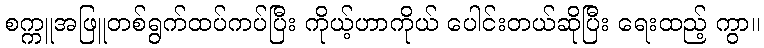
စက္ကူအဖြူတစ်ရွက်ထပ်ကပ်ပြီး ကိုယ့်ဟာကိုယ် ပေါင်းတယ်ဆိုပြီး ရေးထည့် ကွာ။